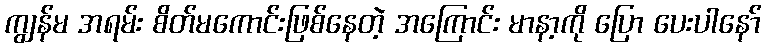
ကျွန်မ အရမ်း စိတ်မကောင်းဖြစ်နေတဲ့ အကြောင်း မာနာ့ကို ပြော ပေးပါနော်